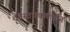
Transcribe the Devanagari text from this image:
देवसाधककीर्तन